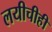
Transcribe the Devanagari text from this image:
लयीचीही